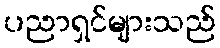
ပညာရှင်များသည်